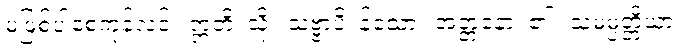
မဖြစ်ပါစေကုန်လင့်။ ဣတိ၊ သို့။ သဗ္ဗာပိ၊ န်သော။ အတ္တနော၊ ၏။ သမမ္ပတ္တိယာ၊